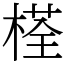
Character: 𣗎